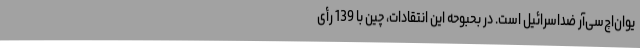
یوان‌اچ‌سی‌آر ضداسرائیل است. در بحبوحه این انتقادات، چین با 139 رأی